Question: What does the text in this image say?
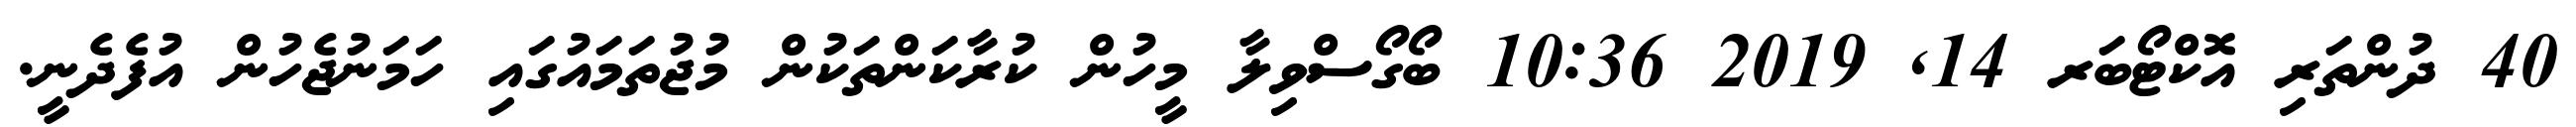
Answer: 40 ދުންތަރި އޮކްޓޯބަރ 14, 2019 10:36 ބޯގޯސްވިލާ މީހުން ކުރާކަންތަކުން މުޖުތަމައުގައި ހަމަނުޖެހުން އުފެދެނީ.